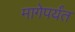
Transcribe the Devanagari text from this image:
मागेपर्यंत